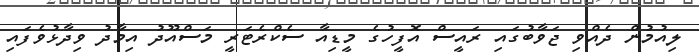
ލިއުމުން ދެއްވި ޖަވާބުގައި ރައީސް އޮފީހުގެ މީޑިއާ ސެކްރެޓަރީ މަސްއޫދު އިމާދު ވިދާޅުވެފައި